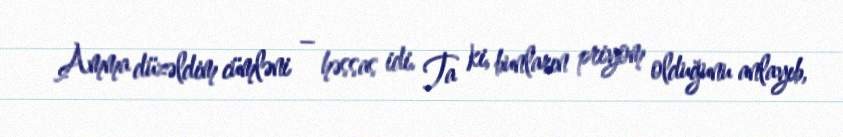
Amma düzəldim cümləni – həssas idi. Ta ki, bunların priyom olduğunu anlayıb,